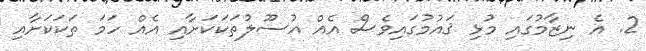
2. އެ ނިޒާމުގައި މުޅި ޤައުމުގައިވެސް އެއް އުސޫލުތަކަކަށާއި އެއް ހަމަ ތަކަކަށާއި